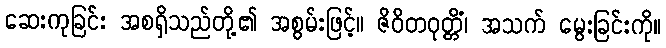
ဆေးကုခြင်း အစရှိသည်တို့၏ အစွမ်းဖြင့်။ ဇိဝိတဝုတ္တိံ၊ အသက် မွေးခြင်းကို။